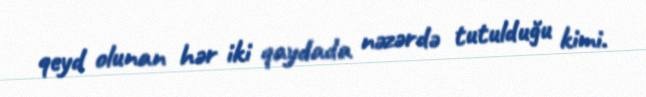
qeyd olunan hər iki qaydada nəzərdə tutulduğu kimi.